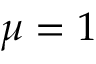
\mu = 1